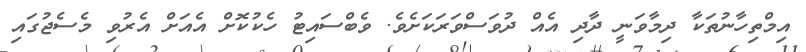
އިމްތިހާނުތަކާ ދިމާވަނީ ދާދި އެއް ދުވަސްވަރަކަށެވެ. ވެބްސައިޓު ހެކުކޮށް އެއަށް އެރުވި މެސެޖުގައި